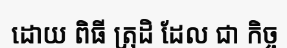
ដោយ ពិធី ត្រុដិ ដែល ជា កិច្ច